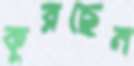
কুরছেন